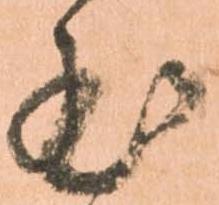
至